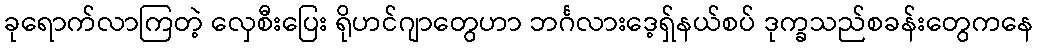
ခုရောက်လာကြတဲ့ လှေစီးပြေး ရိုဟင်ဂျာတွေဟာ ဘင်္ဂလားဒေ့ရှ်နယ်စပ် ဒုက္ခသည်စခန်းတွေကနေ